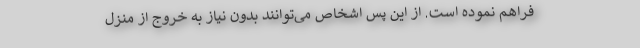
فراهم نموده است. از این پس اشخاص می‌توانند بدون نیاز به خروج از منزل